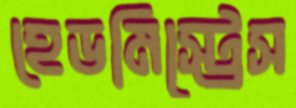
হেডমিস্ট্রেস